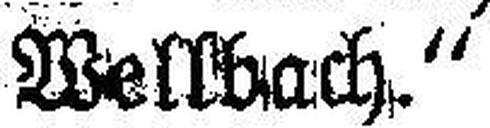
Wellbach.“